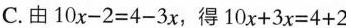
C.由10x-2=4-3x，得10x+3x=4+2